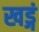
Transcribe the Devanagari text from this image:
खड्गं